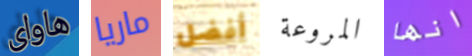
هاواى ماريا أفضل المروعة انها